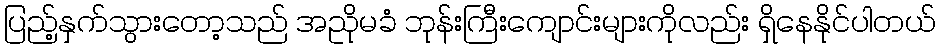
ပြည့်နှက်သွားတော့သည် အညိုမခံ ဘုန်းကြီးကျောင်းများကိုလည်း ရှိနေနိုင်ပါတယ်